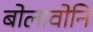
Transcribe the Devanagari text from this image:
बोलावोनि